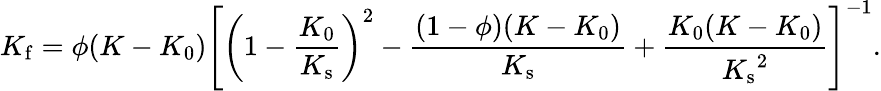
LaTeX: K_{\mathrm{f}}=\phi(K-K_{0})\left[\left(1-\frac{K_{0}}{K_{\mathrm{s}}}\right)^{2}-\frac{(1-\phi)(K-K_{0})}{K_{\mathrm{s}}}+\frac{K_{0}(K-K_{0})}{{K_{\mathrm{s}}}^{2}}\right]^{-1}.